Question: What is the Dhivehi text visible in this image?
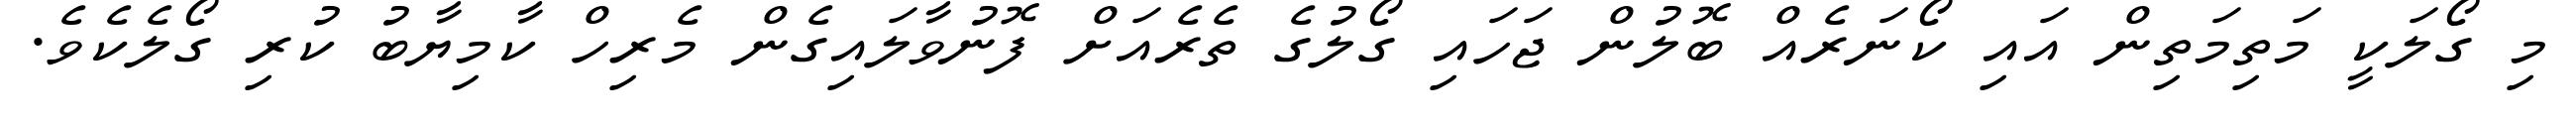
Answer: މި ގޯލަކީ މަތިމަތިން އައި ކޯނަރެއް ބޮލުން ޖަހައި ގޯލުގެ ތެރެއަށް ފޮނުވާލައިގެން މެރިހް ކާމިޔާބު ކުރި ގޯލެކެވެ.